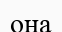
оңа